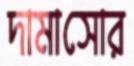
দামাসোর